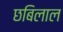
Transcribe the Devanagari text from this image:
छबिलाल